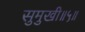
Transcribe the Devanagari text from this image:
सुमुखी॥५॥